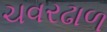
ચવરઢાળ